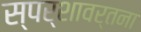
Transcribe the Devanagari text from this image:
स्पर्शावर्तना